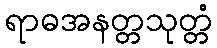
ရာဓအနတ္တသုတ္တံ